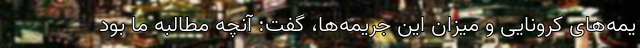
یمه‌‌‌های کرونایی و میزان این جریمه‌‌‌ها، گفت: آنچه مطالبه ما بود